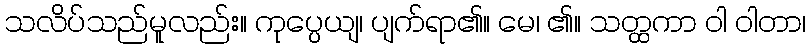
သလိပ်သည်မူလည်း။ ကုပ္ပေယျ၊ ပျက်ရာ၏။ မေ၊ ၏။ သတ္ထကာ ဝါ ဝါတာ၊